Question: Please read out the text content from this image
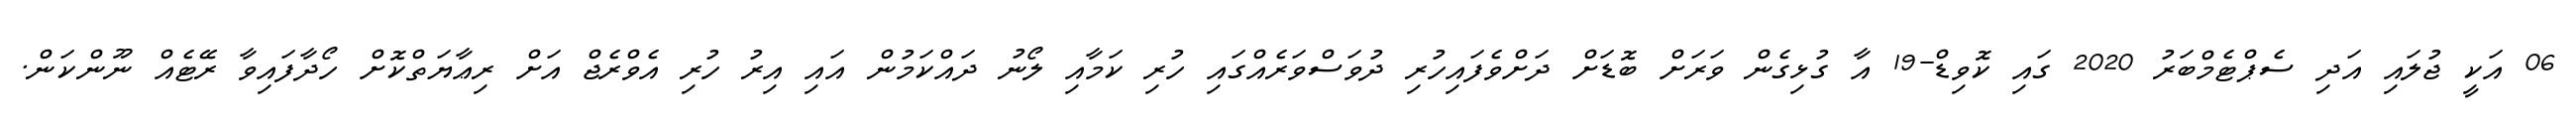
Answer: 06 އަކީ ޖުލައި އަދި ސެޕްޓެމްބަރު 2020 ގައި ކޮވިޑް-19 އާ ގުޅިގެން ވަރަށް ބޮޑަށް ދަށްވެފައިހުރި ދުވަސްވަރެއްގައި ހުރި ކަމާއި ލޯނު ދައްކަމުން އައި އިރު ހުރި އެވްރެޖް އަށް ރިޢާޔަތްކޮށް ހޯދާފައިވާ ރޭޓެއް ނޫންކަން.